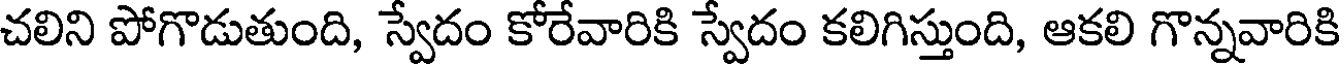
చలిని పోగొడుతుంది, స్వేదం కోరేవారికి స్వేదం కలిగిస్తుంది, ఆకలి గొన్నవారికి